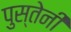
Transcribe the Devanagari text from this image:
पुस्तेनी